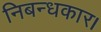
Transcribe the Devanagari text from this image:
निबन्धकार।